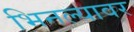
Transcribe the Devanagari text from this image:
भिनल्यावर